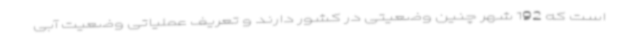
است که 192 شهر چنین وضعیتی در کشور دارند و تعریف عملیاتی وضعیت آبی